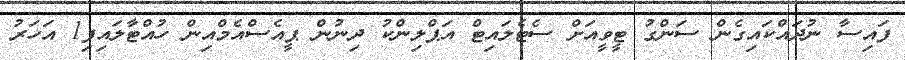
ފައިސާ ނުދައްކައިގެން ސަންގު ޓީވީއަށް ސެޓެލައިޓް އަޕްލިންކު ދިނުން ޕީއެސްއެމްއިން ހުއްޓާލައިފި1 އަހަރު